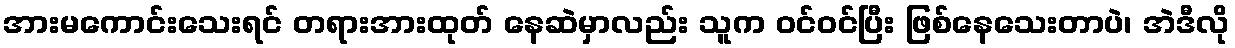
အားမကောင်းသေးရင် တရားအားထုတ် နေဆဲမှာလည်း သူက ဝင်ဝင်ပြီး ဖြစ်နေသေးတာပဲ၊ အဲဒီလို